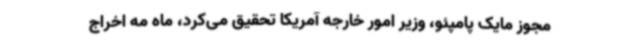
مجوز مایک پامپئو، وزیر امور خارجه آمریکا تحقیق می‌کرد، ماه مه اخراج